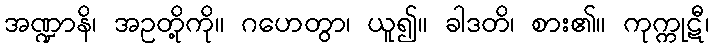
အဏ္ဍာနိ၊ အဥတို့ကို။ ဂဟေတွာ၊ ယူ၍။ ခါဒတိ၊ စား၏။ ကုက္ကုဋီ၊